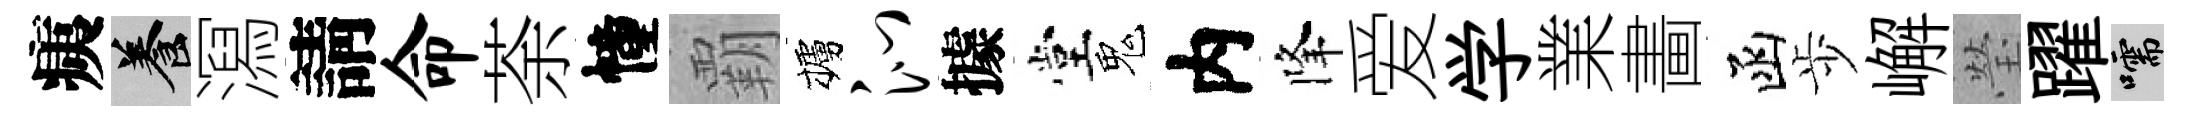
痍養㵼請命荼幢覇櫨沁據堂鬼内降爱学業畵函歩嶰瑩躍嚅